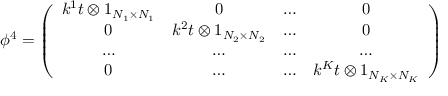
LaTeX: \phi ^ { 4 } = \left( \begin{array} { c c c c } { { k ^ { 1 } t \otimes 1 _ { N _ { 1 } \times N _ { 1 } } } } & { { 0 } } & { { \dots } } & { { 0 } } \\ { { 0 } } & { { k ^ { 2 } t \otimes 1 _ { N _ { 2 } \times N _ { 2 } } } } & { { \dots } } & { { 0 } } \\ { { \dots } } & { { \dots } } & { { \dots } } & { { \dots } } \\ { { 0 } } & { { \dots } } & { { \dots } } & { { k ^ { K } t \otimes 1 _ { N _ { K } \times N _ { K } } } } \end{array} \right)